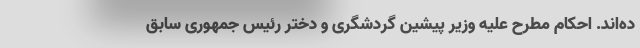
ده‌اند. احکام مطرح علیه وزیر پیشین گردشگری و دختر رئیس جمهوری سابق